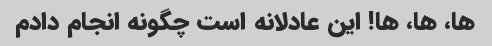
ها، ها، ها! این عادلانه است چگونه انجام دادم